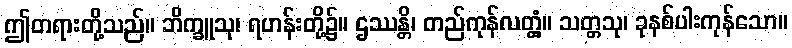
ဤတရားတို့သည်။ ဘိက္ခူသု၊ ရဟန်းတို့၌။ ဌဿန္တိ၊ တည်ကုန်လတ္တံ့။ သတ္တသု၊ ခုနစ်ပါးကုန်သော။